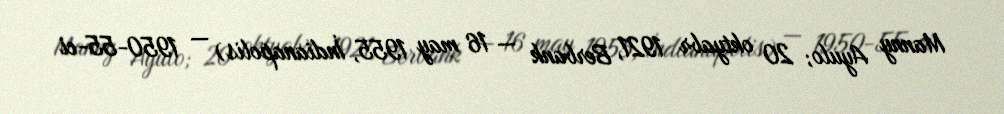
Manny Ayulo; 20 oktyabr 1921, Berbank — 16 may 1955, İndianapolis) — 1950-55-ci